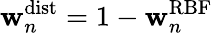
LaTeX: \mathbf{w}_{n}^{\mathrm{{dist}}}=1-\mathbf{w}_{n}^{\mathrm{{RBF}}}